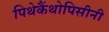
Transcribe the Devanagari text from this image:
पिथेकैंथोपिसीनी